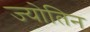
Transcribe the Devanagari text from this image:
ज्‍योतिन